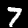
Digit: 7